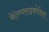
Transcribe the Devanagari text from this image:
मेटेम्पसाइकोसिस